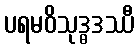
ပရမဝိသုဒ္ဓဒဿီ